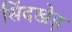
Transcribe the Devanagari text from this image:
सिंदखेड़